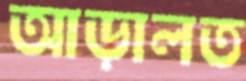
আড়ালত